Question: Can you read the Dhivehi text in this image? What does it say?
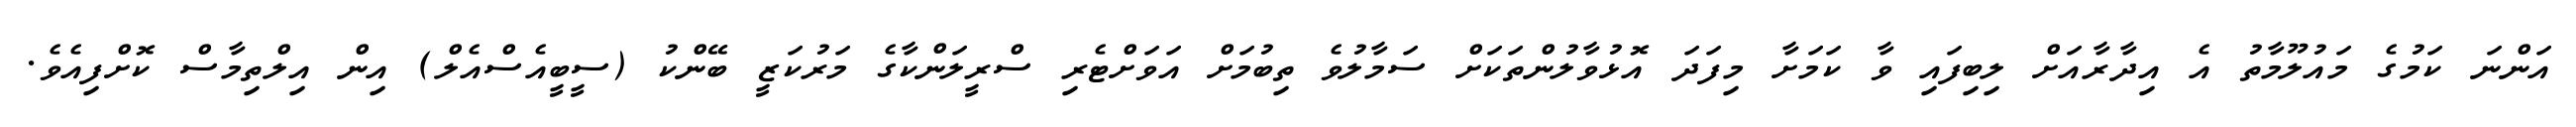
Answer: އަންނަ ކަމުގެ މައުލޫމާތު އެ އިދާރާއަށް ލިބިފައި ވާ ކަމަށާ މިފަދަ އޮޅުވާލުންތަކަށް ސަމާލުވެ ތިބުމަށް އަވަށްޓެރި ސްރީލަންކާގެ މަރުކަޒީ ބޭންކު (ސީބީއެސްއެލް) އިން އިލްތިމާސް ކޮށްފިއެވެ.